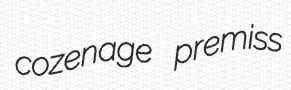
cozenage premiss